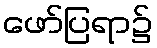
ဖော်ပြရာ၌